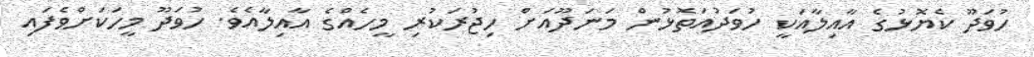
ހުވަދޫ ކެޔޮޅުގެ އާއިލާއަކީ ހުވަދުއަތޮޅުން މަނަދޫއަށް ހިޖުރަކުރި މީހެއްގެ އާއިލާއެވެ. ހުވަދޫ މީހަކަށްވެފައި